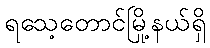
ရသေ့တောင်မြို့နယ်ရှိ